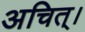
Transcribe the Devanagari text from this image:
अचित्‌।